Indian journal of veterinary science and animal husbandry - Volume 3,
Year: 1933
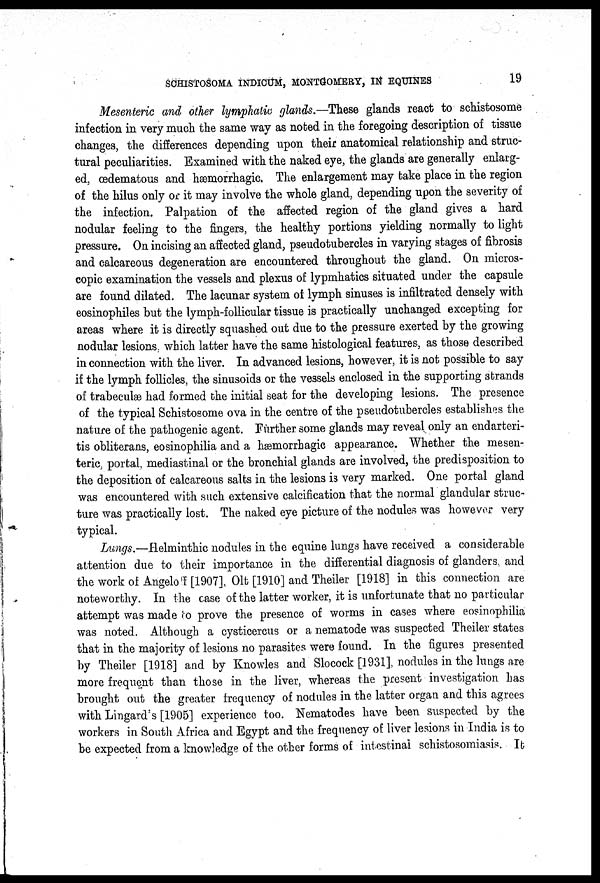
SCHISTOSOMA INDICUM, MONTGOMERY, IN EQUINES
19
Mesenteric and other lymphatic glands.—These glands react to schistosome
infection in very much the same way as noted in the foregoing description of tissue
changes, the differences depending upon their anatomical relationship and struc-
tural peculiarities. Examined with the naked eye, the glands are generally enlarg-
ed, œdematous and hæmorrhagic. The enlargement may take place in the region
of the hilus only or it may involve the whole gland, depending upon the severity of
the infection. Palpation of the affected region of the gland gives a hard
nodular feeling to the fingers, the healthy portions yielding normally to light
pressure. On incising an affected gland, pseudotubercles in varying stages of fibrosis
and calcareous degeneration are encountered throughout the gland. On micros-
copic examination the vessels and plexus of lypmhatics situated under the capsule
are found dilated. The lacunar system of lymph sinuses is infiltrated densely with
eosinophiles but the lymph-follicular tissue is practically unchanged excepting for
areas where it is directly squashed out due to the pressure exerted by the growing
nodular lesions, which latter have the same histological features, as those described
in connection with the liver. In advanced lesions, however, it is not possible to say
if the lymph follicles, the sinusoids or the vessels enclosed in the supporting strands
of trabeculæ had formed the initial seat for the developing lesions. The presence
of the typical Schistosome ova in the centre of the pseudotubercles establishes the
nature of the pathogenic agent. Further some glands may reveal only an endarteri-
tis obliterans, eosinophilia and a hæmorrhagic appearance. Whether the mesen-
teric, portal, mediastinal or the bronchial glands are involved, the predisposition to
the deposition of calcareous salts in the lesions is very marked. One portal gland
was encountered with such extensive calcification that the normal glandular struc-
ture was practically lost. The naked eye picture of the nodules was however very
typical.
Lungs.—Helminthic nodules in the equine lungs have received a considerable
attention due to their importance in the differential diagnosis of glanders, and
the work of Angeloff [1907], Olt [1910] and Theiler [1918] in this connection are
noteworthy. In the case of the latter worker, it is unfortunate that no particular
attempt was made to prove the presence of worms in cases where eosinophilia
was noted. Although a cysticercus or a nematode was suspected Theiler states
that in the majority of lesions no parasites were found. In the figures presented
by Theiler [1918] and by Knowles and Slocock [1931], nodules in the lungs are
more frequent than those in the liver, whereas the present investigation has
brought out the greater frequency of nodules in the latter organ and this agrees
with Lingard's [1905] experience too. Nematodes have been suspected by the
workers in South Africa and Egypt and the frequency of: liver lesions in India is to
be expected from a knowledge of the other forms of intestinal schistosomiasis. It